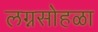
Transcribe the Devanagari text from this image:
लग्नसोहळा